King Institute of Preventive Medicine Micro-Biological Section reports 1909-11
Year: 1909
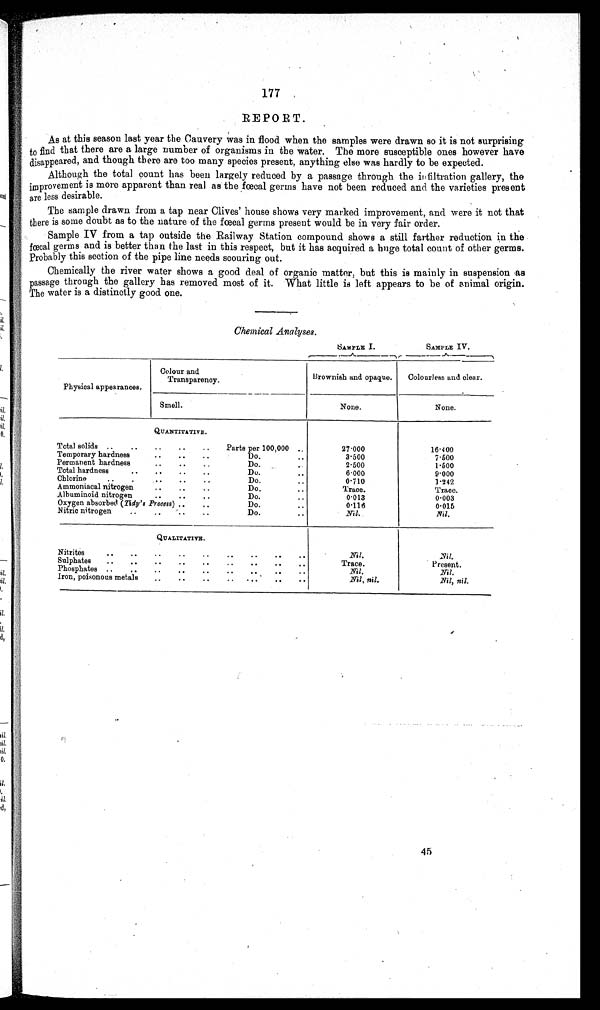
SAMPLE I.
SAMPLE IV.
177
REPORT.
As at this season last year the Cauvery was in flood when the samples were drawn so it is not surprising
to find that there are a large number of organisms in the water. The more susceptible ones however have
disappeared, and though there are too many species present, anything else was hardly to be expected.
Although the total count has been largely reduced by a passage through the infiltration gallery, the
improvement is more apparent than real as the fœcal germs have not been reduced and the varieties present
are less desirable.
The sample drawn from a tap near Clives' house shows very marked improvement, and were it not that
there is some doubt as to the nature of the fœcal germs present would be in very fair order.
Sample IV from a tap outside the Railway Station compound shows a still farther reduction in the
fœcal germs and is better than the last in this respect, but it has acquired a huge total count of other germs.
Probably this section of the pipe line needs scouring out.
Chemically the river water shows a good deal of organic matter, but this is mainly in suspension as
passage through the gallery has removed most of it. What little is left appears to be of animal origin.
The water is a distinctly good one.
Chemical Analyses.
Physical appearances.
Colour and
Transparency.
Brownish and opaque.
Colourless and clear.
Smell.
None.
None.
QUANTITATIVE.
Total solids
Parts per 100,000
Temporary hardness
Do.
Permanent hardness
Do.
Total hardness
D o .
Chlorine
Do.
Ammoniacal nitrogen
Do.
• •
Albuminoid nitrogen
Do.
Oxygen absorbed (Tidy's Process)
Do.
Nitric nitrogen
Do.
27.000
3.500
2.500
6.000
0.710
Trace.
0 . 0 1 3
0 . 1 1 6
N i l .
16.400
7.500
1.500
9.000
1.242
Trace.
0.003
0.015
Nil.
QUALITATIVE.
Nitrites
Sulphates
Phosphates
Iron, poisonous metals
N i l .
T r a c e .
N i l .
Nil, nil.
N i l .
Present.
Nil.
Nil, nil.